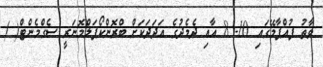
ވާތު ފުއްޕާމޭގައި 10- 8 އާއި ދެމެދުގެ އަދަދަކަށް ބްރޮންކޯޕަލްމޮނަރީ ސެގްމެންޓް( )